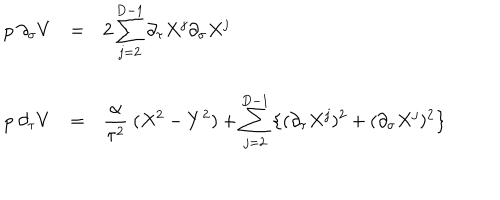
\begin{array} { l c l } { { p ~ \partial _ { \sigma } V } } & { { = } } & { { { \displaystyle 2 \sum _ { j = 2 } ^ { D - 1 } \partial _ { \tau } X ^ { j } \partial _ { \sigma } X ^ { j } } } } \\ { { } } & { { } } & { { } } \\ { { p ~ \partial _ { \tau } V } } & { { = } } & { { { \displaystyle \frac { \alpha } { \tau ^ { 2 } } ~ ( X ^ { 2 } - Y ^ { 2 } ) + \sum _ { j = 2 } ^ { D - 1 } \left\{ ( \partial _ { \tau } X ^ { j } ) ^ { 2 } + ( \partial _ { \sigma } X ^ { j } ) ^ { 2 } \right\} } } } \\ \end{array}